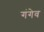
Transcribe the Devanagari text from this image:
गंगेव